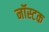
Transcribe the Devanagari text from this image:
नॉस्टक